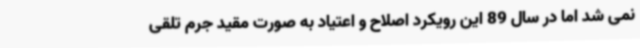
نمی شد اما در سال 89 این رویکرد اصلاح و اعتیاد به صورت مقید جرم تلقی